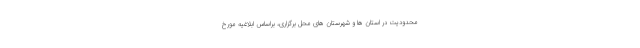
محدودیت در استان ها و شهرستان های محل برگزاری، براساس ابلاغیه مورخ